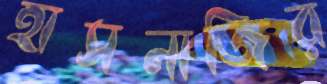
হাসনাজির